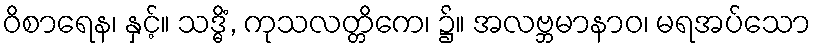
ဝိစာရေန၊ နှင့်။ သဒ္ဓိံ, ကုသလတ္တိကေ၊ ၌။ အလဗ္ဘမာနာဝ၊ မရအပ်သော